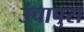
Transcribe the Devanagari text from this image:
उंचापुरा